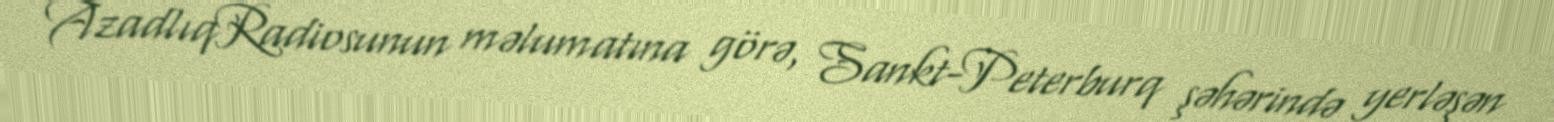
AzadlıqRadiosunun məlumatına görə, Sankt-Peterburq şəhərində yerləşən